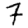
Digit: 7